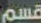
قسم